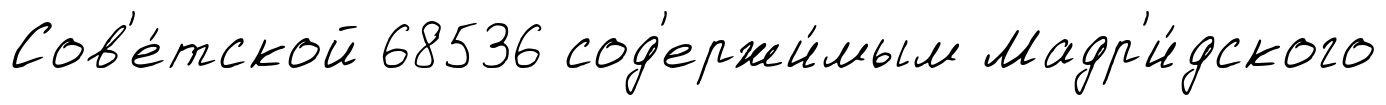
Сов'е́тской 68536 сод'ержи́мым Мадр'и́дского